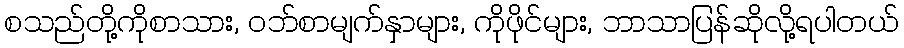
စသည်တို့ကိုစာသား, ဝဘ်စာမျက်နှာများ, ကိုဖိုင်များ, ဘာသာပြန်ဆိုလို့ရပါတယ်